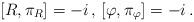
LaTeX: \begin{align*}\left[R,\pi_R\right] =-i \, , \,\left [\varphi , \pi_\varphi \right] =-i\, .\end{align*}